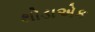
થોડાએક